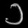
Digit: ၁